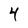
Character: 4